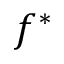
f ^ { \ast }